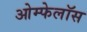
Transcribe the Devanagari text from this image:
ओम्फेलॉस